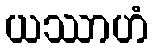
ယဿာဟံ